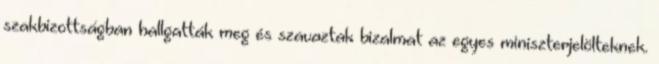
szakbizottságban hallgatták meg és szavaztak bizalmat az egyes miniszterjelölteknek.